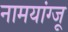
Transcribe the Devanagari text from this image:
नामयांग्जू